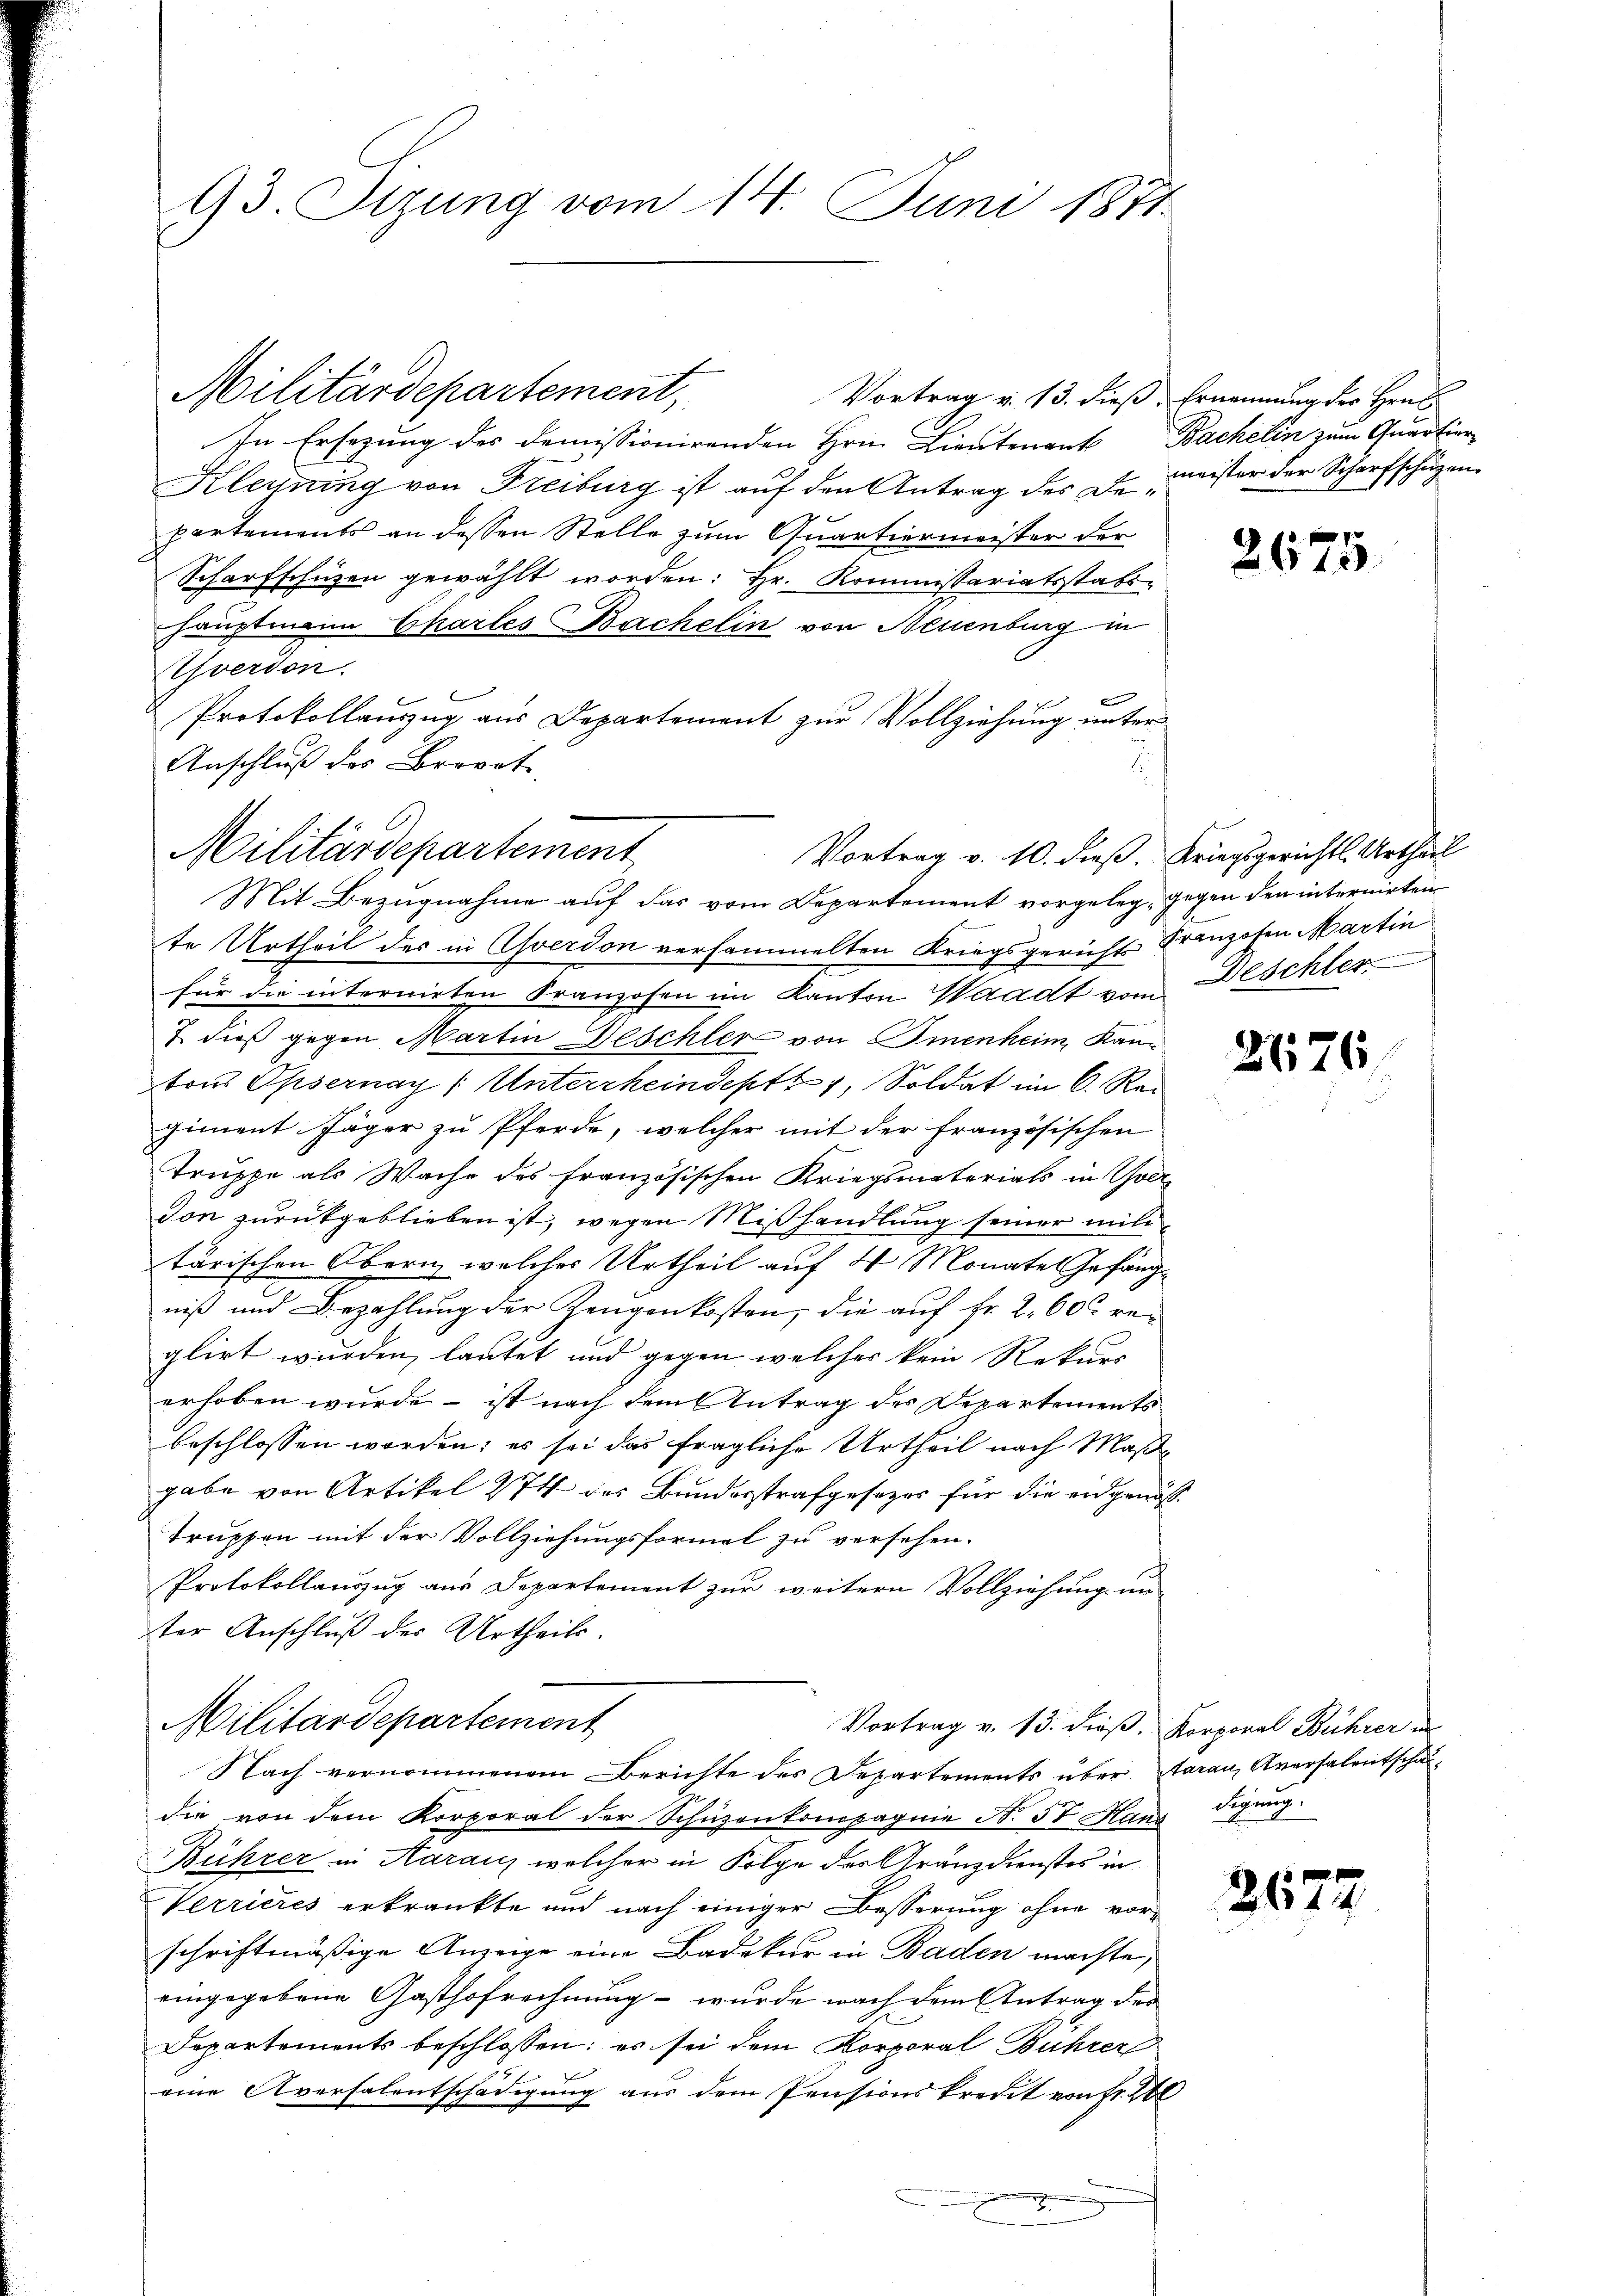
93. Sizung vom 14. Juni 1871.

Militärdepartement,

In Ersezung des demissionirenden Hrn. Lieutenant Bachelin zum Quartier
Kleyning von Freiburg ist auf den Antrag der Demeister der Scharfschügen
partements an dessen Stelle zum Quartiermeister der
Scharfschüzen gewählt worden: Hr. Kommissariatsstabs-
hauptmann Chartes Bachelin von Neuenburg in
Yverdon.
Protokollauszug aus Departement zur Vollziehung unter
Anschluß des Brevet
Mit Bezugnahme auf das vom Departement vorgeleg, gegen den internirten
te Urtheil des in Esverdon versammelten Kriegsgericht Franzosen Martin
für die internirten Franzosen im Kanton Waadt vom Beschler
7. dieß gegen Martin Deschler von Immenheim, Kann
tons Opsernay (Unterrheindeptt 4, Soldat im 6. Rec
giment Jäger zu Pferde, welcher mit der französischen
Truppe als Wache des Französischen Kriegsmaterials in Ober-
Ton zurückgeblieben ist, wegen Mißhandlung seiner militärischen Obern, welches Urtheil auf 4 Monates Gefängniß und Bezahlung der Zeugenkosten, die auf Fr. 2. 60 reglirt wurden, lautet und gegen welcher kein Rekurs
erhoben wurde – ist nach dem Antrag des Departements
beschlossen worden; es sei das fragliche Urtheil nach Maßgabe von Artikel 274 des Bundesstrafgesezes für die eidgenöß
Truppen mit der Vollziehungsformel zu versehen.
Protokollauszug aus Departement zur weitern Vollziehung un-
ter Anschluß des Urtheils.
Militärdepartement
Vortrag v. 13. dieß. Korporal Bührer in
Nach vernommenem Berichte des Departements über darau, Aversalentscha
2
die von dem Korporal der Schüzenkompagnie N. 5t Hans digung.
Bührer in Aarau, welcher in Folge des Gränzdienstes in
Verrieres erkrankte und nach einiger Besserung ohne vorschriftmäßige Anzeige eine Badekur in Baden machte,
eingegebene Gasthofrechnung - wurde nach dem Antrag des
Departements beschlossen: es sei dem Korporal Buhrer
eine Aversalentschädigung aus dem Pensionskredit von Fr. 200

Militärdepartement

Vortrag v. 10. dieß. Kriegsgerichtl. Urtheil

Vortrag v. 13. dieß, Ernennung der Hrn.

2675

267

267.